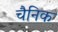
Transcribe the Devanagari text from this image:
चैनिक